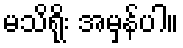
မသိရိုး အမှန်ပါ။